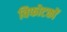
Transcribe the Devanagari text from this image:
विफोटकों